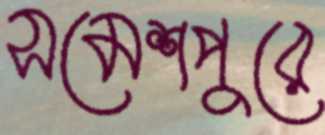
সমেশপুরে